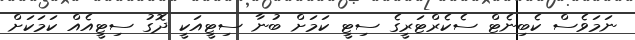
ނަމަވެސް ކެބިނެޓް ސެކެރްޓަރީގެ ސިޓީ ކަމަށް ބުނާ ސިޓީއަކީ ދޮގު ސިޓީއެއް ކަމަކަށް